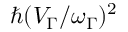
\hbar ( V _ { \Gamma } / \omega _ { \Gamma } ) ^ { 2 }